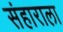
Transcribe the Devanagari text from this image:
संहाराला